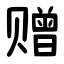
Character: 赠